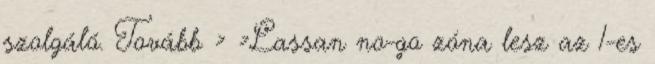
szolgáló. Tovább › ›Lassan no-go zóna lesz az 1-es